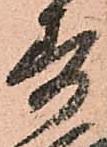
寿